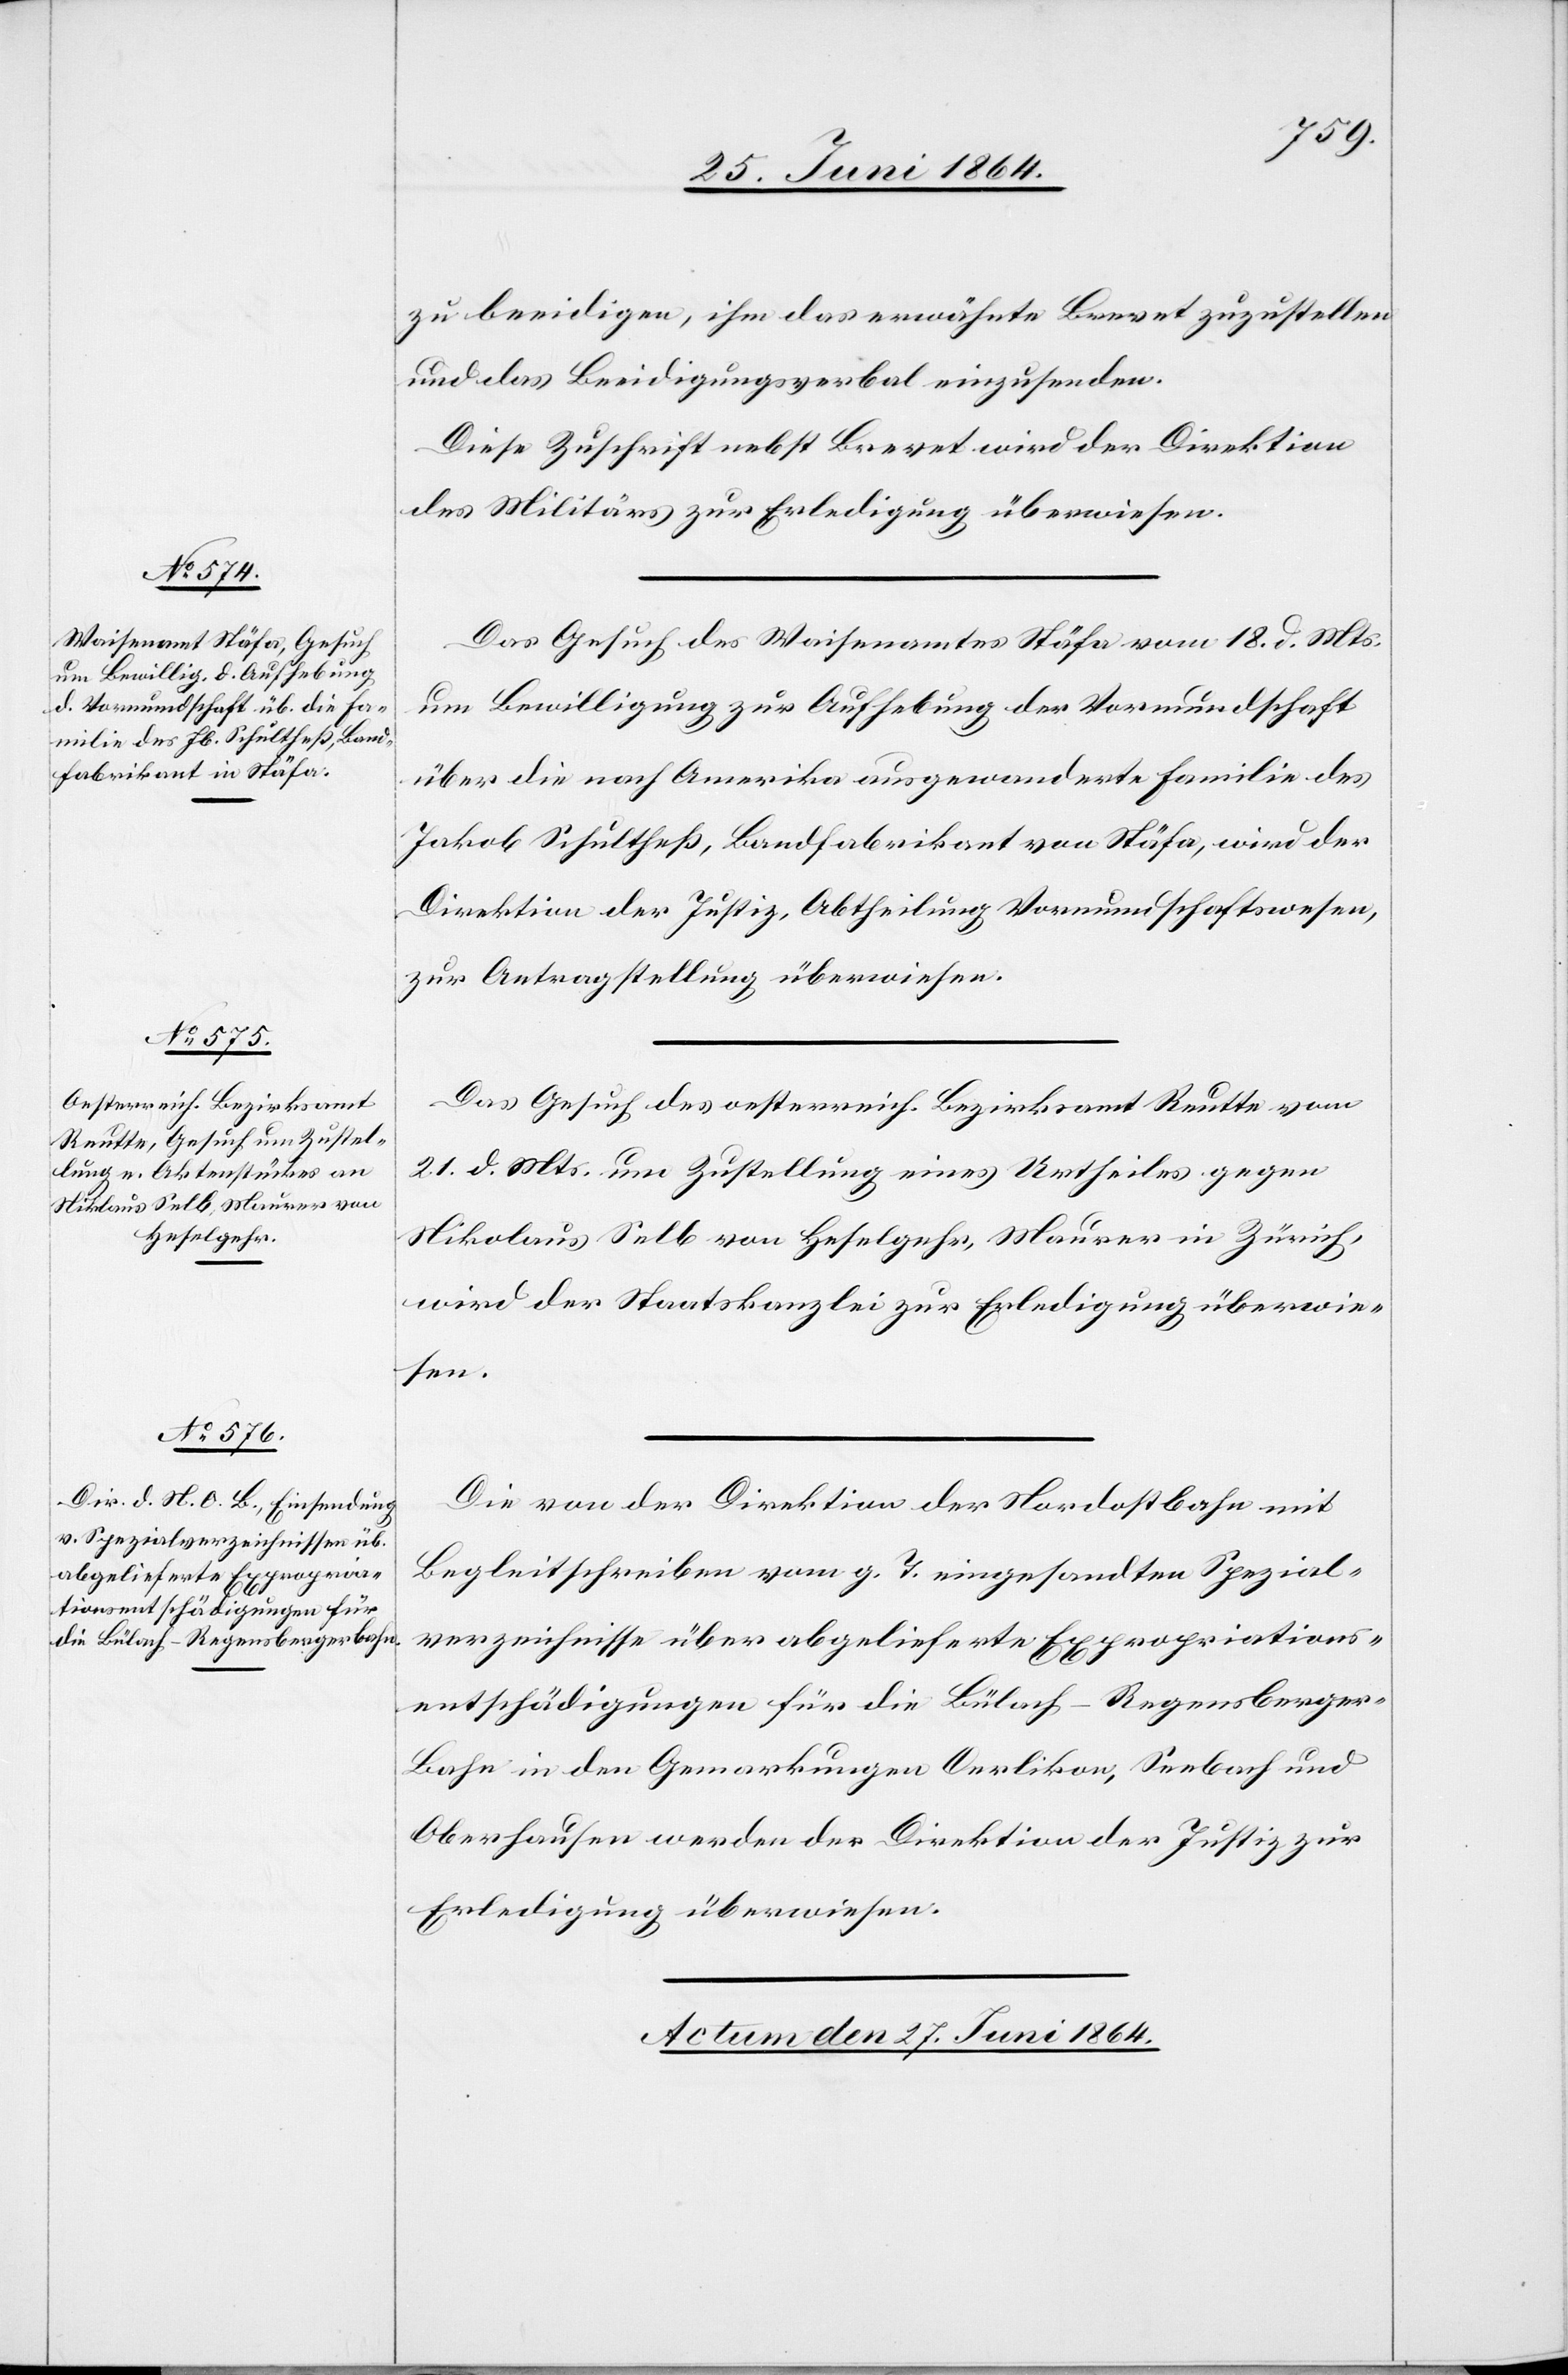
zu beeidigen, ihm das erwähnte Brevet zuzustellen
und das Beeidigungsverbal einzusenden.
Diese Zuschrift nebst Brevet wird der Direktion
des Militärs zur Erledigung überwiesen.
Das Gesuch des Waisenamtes Stäfa vom 18. d. Mts.
um Bewilligung zur Aufhebung der Vormundschaft
über die nach Amerika ausgewanderte Familie des
Jakob Schultheß, Bandfabrikant von Stäfa, wird der
Direktion der Justiz, Abtheilung Vormundschaftswesen,
zur Antragstellung überwiesen.
Das Gesuch des oesterreich. Bezirksamt Reutte vom
21. d. Mts. um Zustellung eines Urtheiles gegen
Nikolaus [sic!] Selb von Heselgehr, Maurer in Zürich,
wird der Staatskanzlei zur Erledigung überwie¬
sen.
Die von der Direktion der Nordostbahn mit
Begleitschreiben vom g. T. eingesandten Spezial¬
verzeichnisse über abgelieferte Expropriations¬
entschädigungen für die Bülach-Regensberger-B¬
ahn in den Gemarkungen Oerlikon, Seebach und
Oberhausen werden der Direktion der Justiz zur
Erledigung überwiesen.
Actum den 27. Juni 1864.